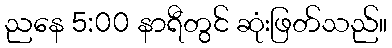
ညနေ 5:00 နာရီတွင် ဆုံးဖြတ်သည်။